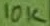
Text: 10K